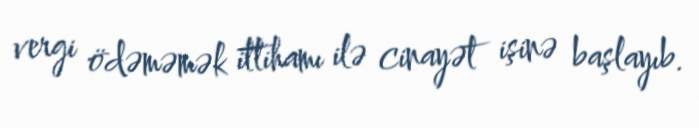
vergi ödəməmək ittihamı ilə cinayət işinə başlayıb.